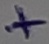
Text: +